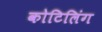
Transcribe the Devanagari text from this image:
कोटिलिंग